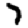
Digit: 7